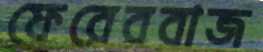
ফেরেববাজ